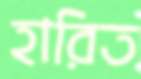
হারিত